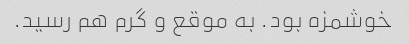
خوشمزه بود. به موقع و گرم هم رسید.